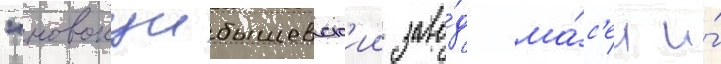
"новокуибышевск'ии заво́д ма́с'ел и́